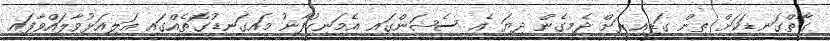
ގާތްގަނޑަކަށް ތިން ގަޑިއިރަށް ދެމިގެން ދިޔަ އެ ސެޝަންގައި އެމަނިކުފާނު މައިގަނޑުގޮތެއްގައި އަލިއަޅުވާލައްވާފައި